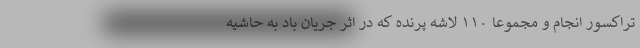
تراکسور انجام و مجموعا ۱۱۰ لاشه پرنده که در اثر جریان باد به حاشیه